Annual report of the Punjab Veterinary College and of the Civil Veterinary Department, Punjab - 1920-1925
Year: 1920
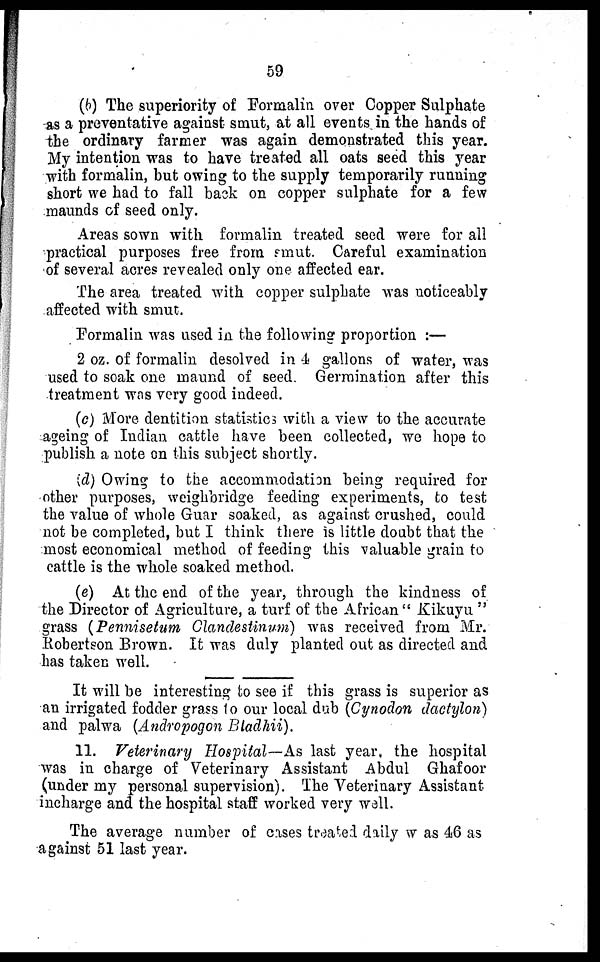
59
(b) The superiority of Formalin over Copper Sulphate
as a preventative against smut, at all events in the hands of
the ordinary farmer was again demonstrated this year.
My intention was to have treated all oats seed this year
with formalin, but owing to the supply temporarily running
short we had to fall back on copper sulphate for a few
maunds of seed only.
Areas sown with formalin treated seed were for all
practical purposes free from smut. Careful examination
of several acres revealed only one affected ear.
The area treated with copper sulphate was noticeably
affected with smut.
Formalin was used in the following proportion :—
2 oz. of formalin desolved in 4 gallons of water, was
used to soak one maund of seed. Germination after this
-treatment was very good indeed.
(c) More dentition statisties with a view to the accurate
ageing of Indian cattle have been collected, we hope to
publish a note on this subject shortly.
id) Owing to the accommodation being required for
other purposes, weighbridge feeding experiments, to test
the value of whole Guar soaked, as against crushed, could
not be completed, but I think there is little doubt that the
most economical method of feeding this valuable grain to
cattle is the whole soaked method.
(e) At the end of the year, through the kindness of
the Director of Agriculture, a turf of the African "Kikuyu "
grass (Pennisetum Clandestinum) was received from Mr.
Robertson Brown. It was duly planted out as directed and
has taken well.
It will be interesting to see if this grass is superior as
an irrigated fodder grass 1o our local dub (Cynodon dactylon)
and palwa (Andropogon Bladhii).
11. Veterinary Hospital—As last year, the hospital
was in charge of Veterinary Assistant Abdul Ghafoor
(under my personal supervision). The Veterinary Assistant
incharge and the hospital staff worked very wall.
The average number of cases treated daily was 46 as
against 51 last year.